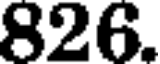
826.